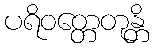
ပရိဝတ္တေတုန္တိ